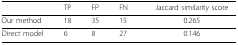
<table><thead><tr><td></td><td><b>TP</b></td><td><b>FP</b></td><td><b>FN</b></td><td><b>Jaccard similarity score</b></td></tr></thead><tbody><tr><td>Our method</td><td>18</td><td>35</td><td>15</td><td>0.265</td></tr><tr><td>Direct model</td><td>6</td><td>8</td><td>27</td><td>0.146</td></tr></tbody></table>